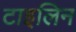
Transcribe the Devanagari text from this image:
टाइलिन